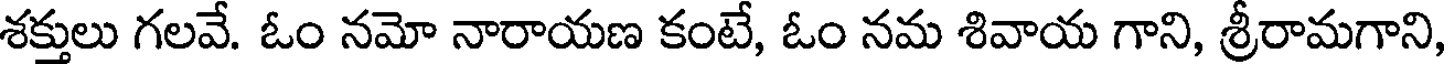
శక్తులు గలవే. ఓం నమో నారాయణ కంటే, ఓం నమ శివాయ గాని, శ్రీరామగాని,